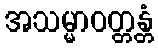
အသမ္မာဝတ္တန္တံ